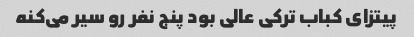
پیتزای کباب ترکی‌ عالی بود پنج نفر رو سیر می‌کنه